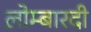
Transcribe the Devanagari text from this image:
लोम्बारदी